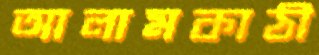
আলামকাঠী